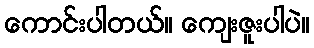
ကောင်းပါတယ်။ ကျေးဇူးပါပဲ။